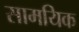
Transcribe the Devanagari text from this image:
सामयिक